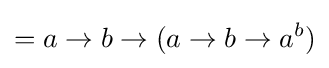
=a\to b\to (a\to b\to a^{b})